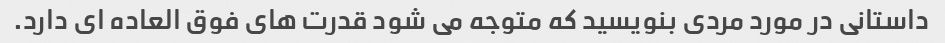
داستانی در مورد مردی بنویسید که متوجه می شود قدرت های فوق العاده ای دارد.